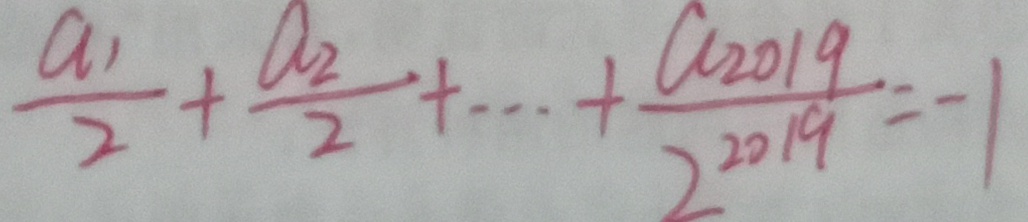
\frac { a _ { 1 } } { 2 } + \frac { a _ { 2 } } { 2 } + \cdots + \frac { a ^ { 2 0 1 9 } } { 2 ^ { 2 0 1 9 } } = - 1